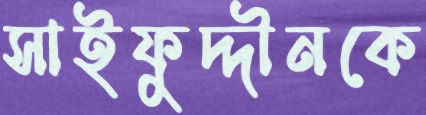
সাইফুদ্দীনকে